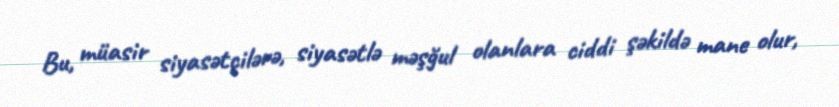
Bu, müasir siyasətçilərə, siyasətlə məşğul olanlara ciddi şəkildə mane olur,